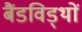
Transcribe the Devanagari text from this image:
बैंडविड्थों